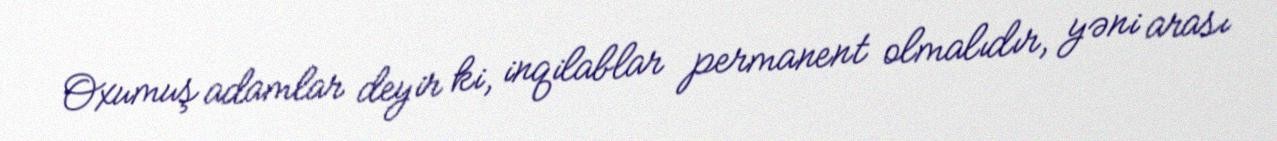
Oxumuş adamlar deyir ki, inqilablar permanent olmalıdır, yəni arası